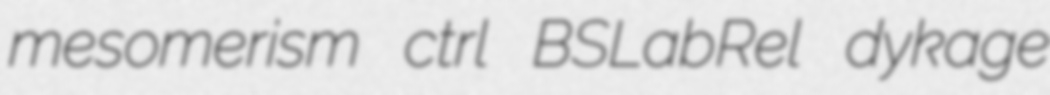
mesomerism ctrl BSLabRel dykage